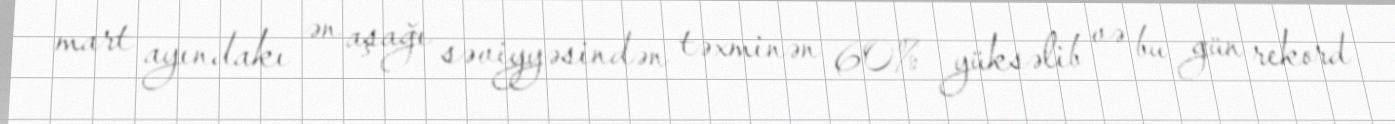
mart ayındakı ən aşağı səviyyəsindən təxminən 60% yüksəlib və bu gün rekord